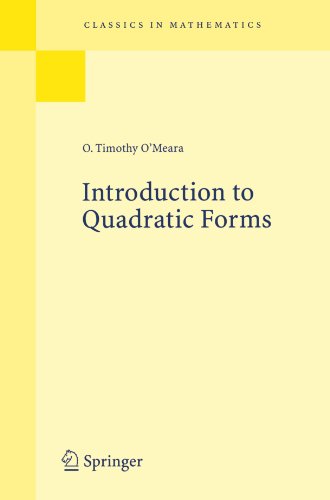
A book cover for Introduction to Quadratic Forms (Classics in Mathematics); O. Timothy O'Meara; Science & Math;